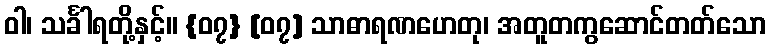
ဝါ၊ သင်္ခါရတို့နှင့်။ {၀၇} [၀၇] သာဓာရဏဟေတု၊ အတူတကွဆောင်တတ်သော